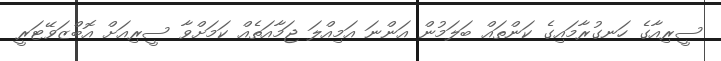
ސީރިއާގެ ހަނގުރާމައިގެ ކަންތައް ބަލަމުން އަންނަ އަމިއްލަ ޖަމާއަތެއް ކަމަށްވާ ސީރިއަށް އޮބްޒަވޭޓަރީ